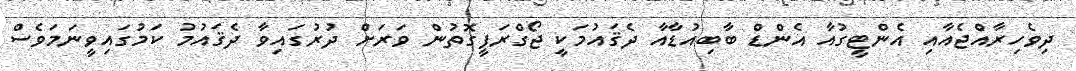
ދިވެހިރާއްޖެއާއި އެންޓީގުއާ އެންޑް ބާބިއުޑާއާ ދެޤައުމަކީ ޖޯގްރަފީގޮތުން ވަރަށް ދުރުގައިވާ ދެޤައުމު ކަމުގައިވީނަމަވެސް